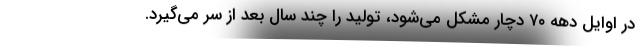
در اوایل دهه ۷۰ دچار مشکل می‌شود، تولید را چند سال بعد از سر می‌گیرد.